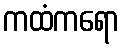
ကထံကရော